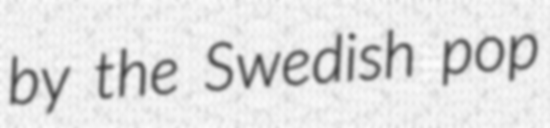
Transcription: by the Swedish pop